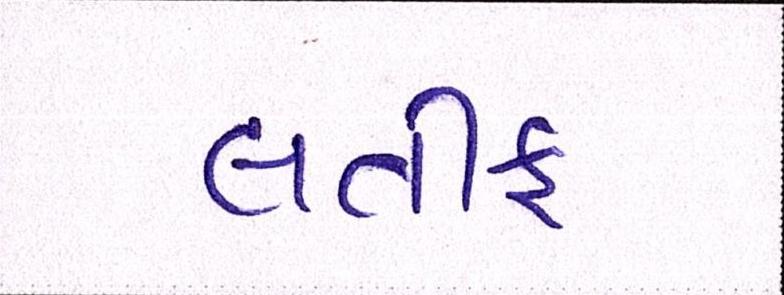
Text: લતીફ